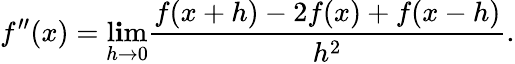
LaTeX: f^{\prime\prime}(x)=\operatorname*{l\mathbf{i}m}_{h\to0}{\frac{{f(x+h)-2f(x)+f(x-h)}}{{h^{2}}}}.